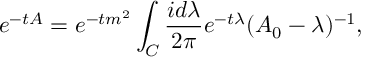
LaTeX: e ^ { - t A } = e ^ { - t m ^ { 2 } } \int _ { C } \frac { i d \lambda } { 2 \pi } e ^ { - t \lambda } ( A _ { 0 } - \lambda ) ^ { - 1 } ,